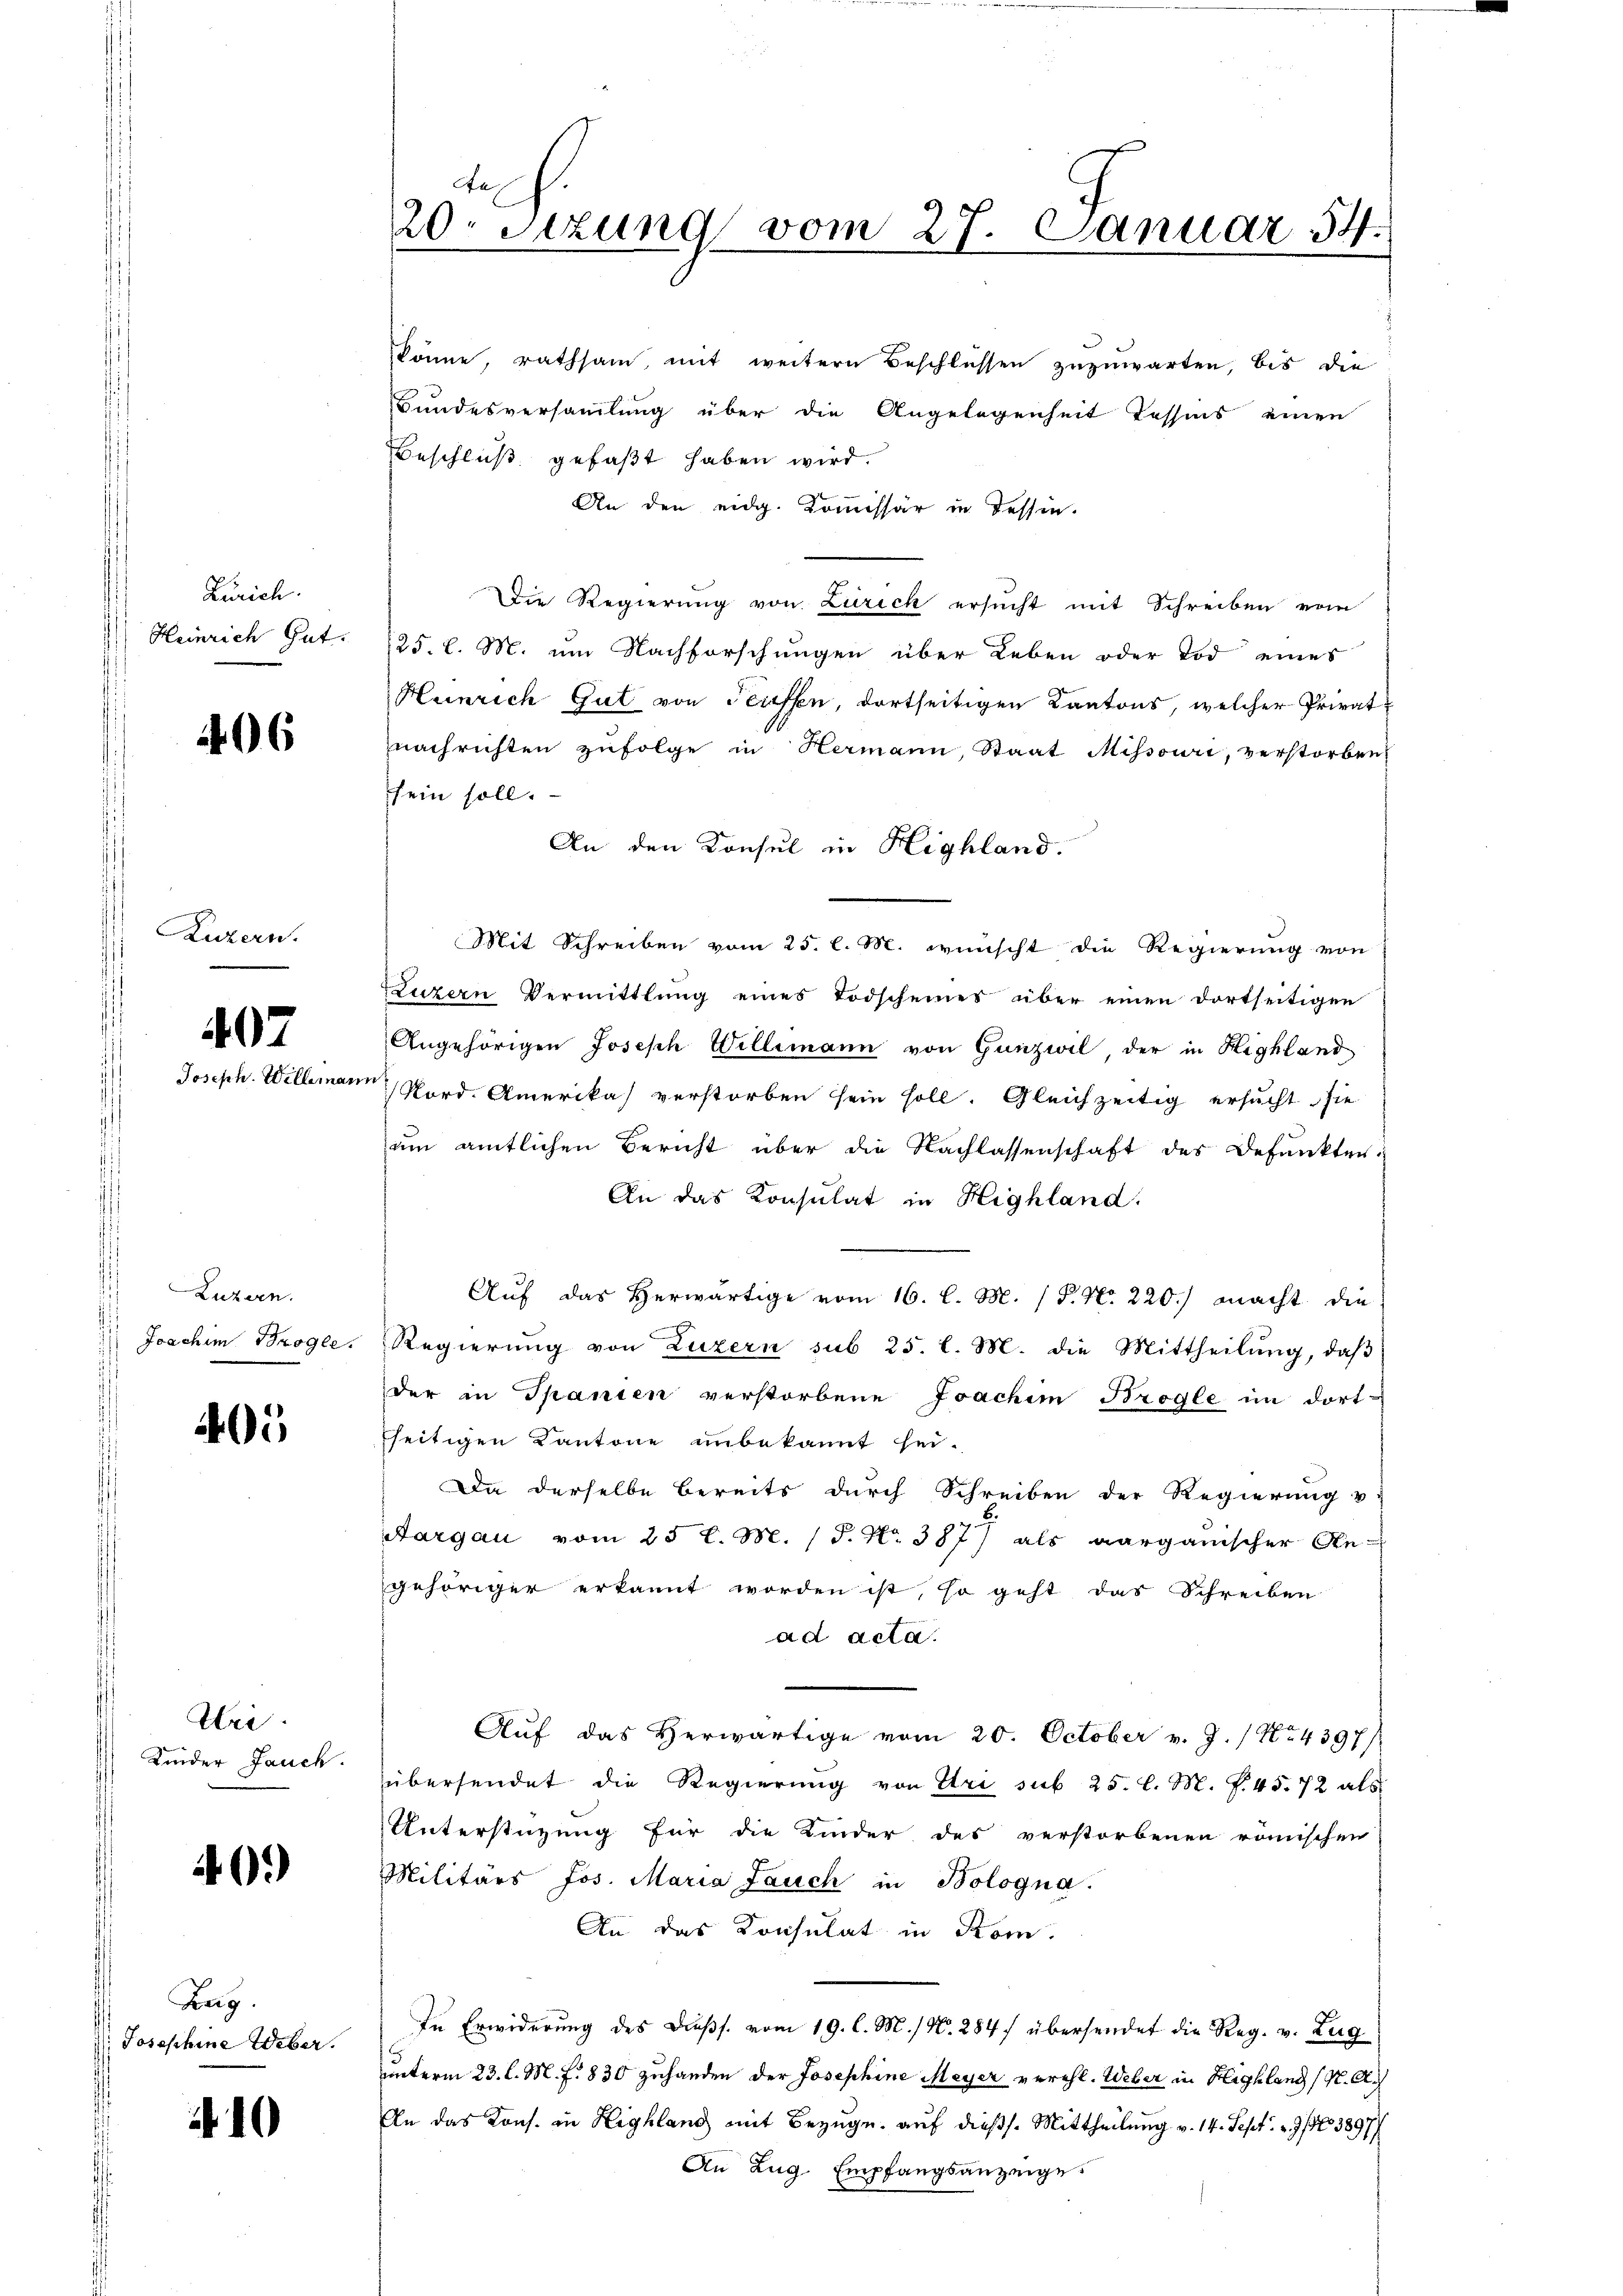
Zürich.
Heinrich Gut.

406

Luzern.

407
Joseph. Willeman

Luzern.
Joachim Brogle

405

Uri
Kinder Jauch

40.)

Karz.
: Josephine Weber.

10

1
Aa
20. Setzung vom 27. Januar 34.

könne, rathsam, mit weitern Beschlüssen zuzuwarten, bis die
Bundesversamlung über die Angelegenheit Tessins einen
Beschluß gefaßt haben wird.
An den eidg. Kommissär in Tessin.
Die Regierung von Zürich ersucht mit Schreiben vom
125. l. M. um Nachforschungen über Leben oder Tod eines
Heinrich Gut von Semessen, dortseitigen Kantons, welcher Privatnachrichten zufolge in Hermann, Staat Missouri, verstorben
sein soll.
An den Konsul in Highland.
Mit Schreiben vom 25. l. M. wünscht die Regierung von
Luzern Vermittlung eines Todscheines über einen dortseitigen
Angehörigen Joseph Willemann von Ganzwil der in Highland
 Nord. Amerika verstorben sein soll. Gleichzeitig ersucht sie
um amtlichen Bericht über die Nachlassenschaft des Befunkten:
An das Konsulat in Highland.
Auf das Herwärtige vom 16. l. M. / P. Nr. 220.) macht die
Regierŭng von Luzern sub 25. l. M. die Mittheilŭng, daβ
der in Spanien verstorbene Joachim Brogle im dortseitigen Kantone unbekannt sei.
Da derselbe bereits durch Schreiben der Regierung v.
Aargau vom 25 l. M. P. Nr. 387 als aarganischer Ge-
gehöriger erkannt worden ist, so geht das Schreiben
ad acta.
Auf das Herwärtige vom 20. October v. J. / No. 4397)
übersendet die Regierŭng von Uri sub 25. l. M. Z. 45. 72 als
Unterstüzung für die Kinder des verstorbenen römischen
Militärs Jos. Maria Lauch in Bologna.
An das Konsulat in Rom.
In Erwiderung des Dießs. vom 19. l. M. / N. 284 übersendet die Reg. v. Zug
uunterm 23. l. M. f. 830 zuhanden der Josephine Meyer verehl. Weber in Highland (N. A.
An das Kons. in Highland mit Bezug auf dießs. Mittheilung v. 14. Sept. 193897/
An Zug, Empfangsanzeige.